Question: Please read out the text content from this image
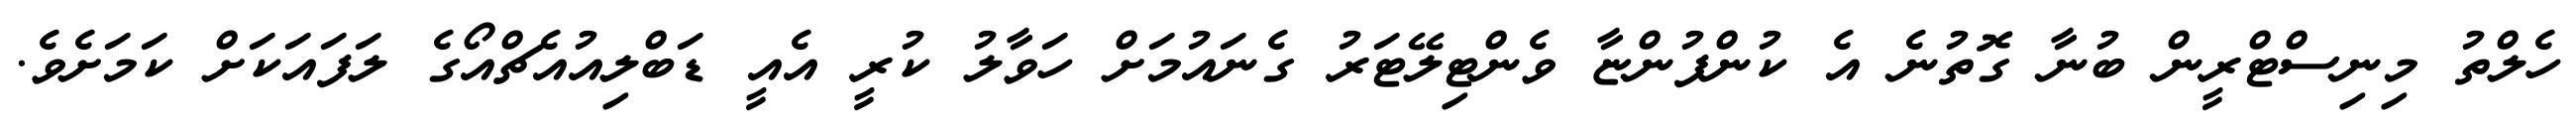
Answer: ހެލްތު މިނިސްޓްރީން ބުނާ ގޮތުނެ އެ ކުންފުންޏާ ވެންޓިލޭޓަރު ގެނައުމަށް ހަވާލު ކުރީ އެއީ ޑަބްލިއުއެޗްއޯގެ ލަފައަކަށް ކަމަށެވެ.